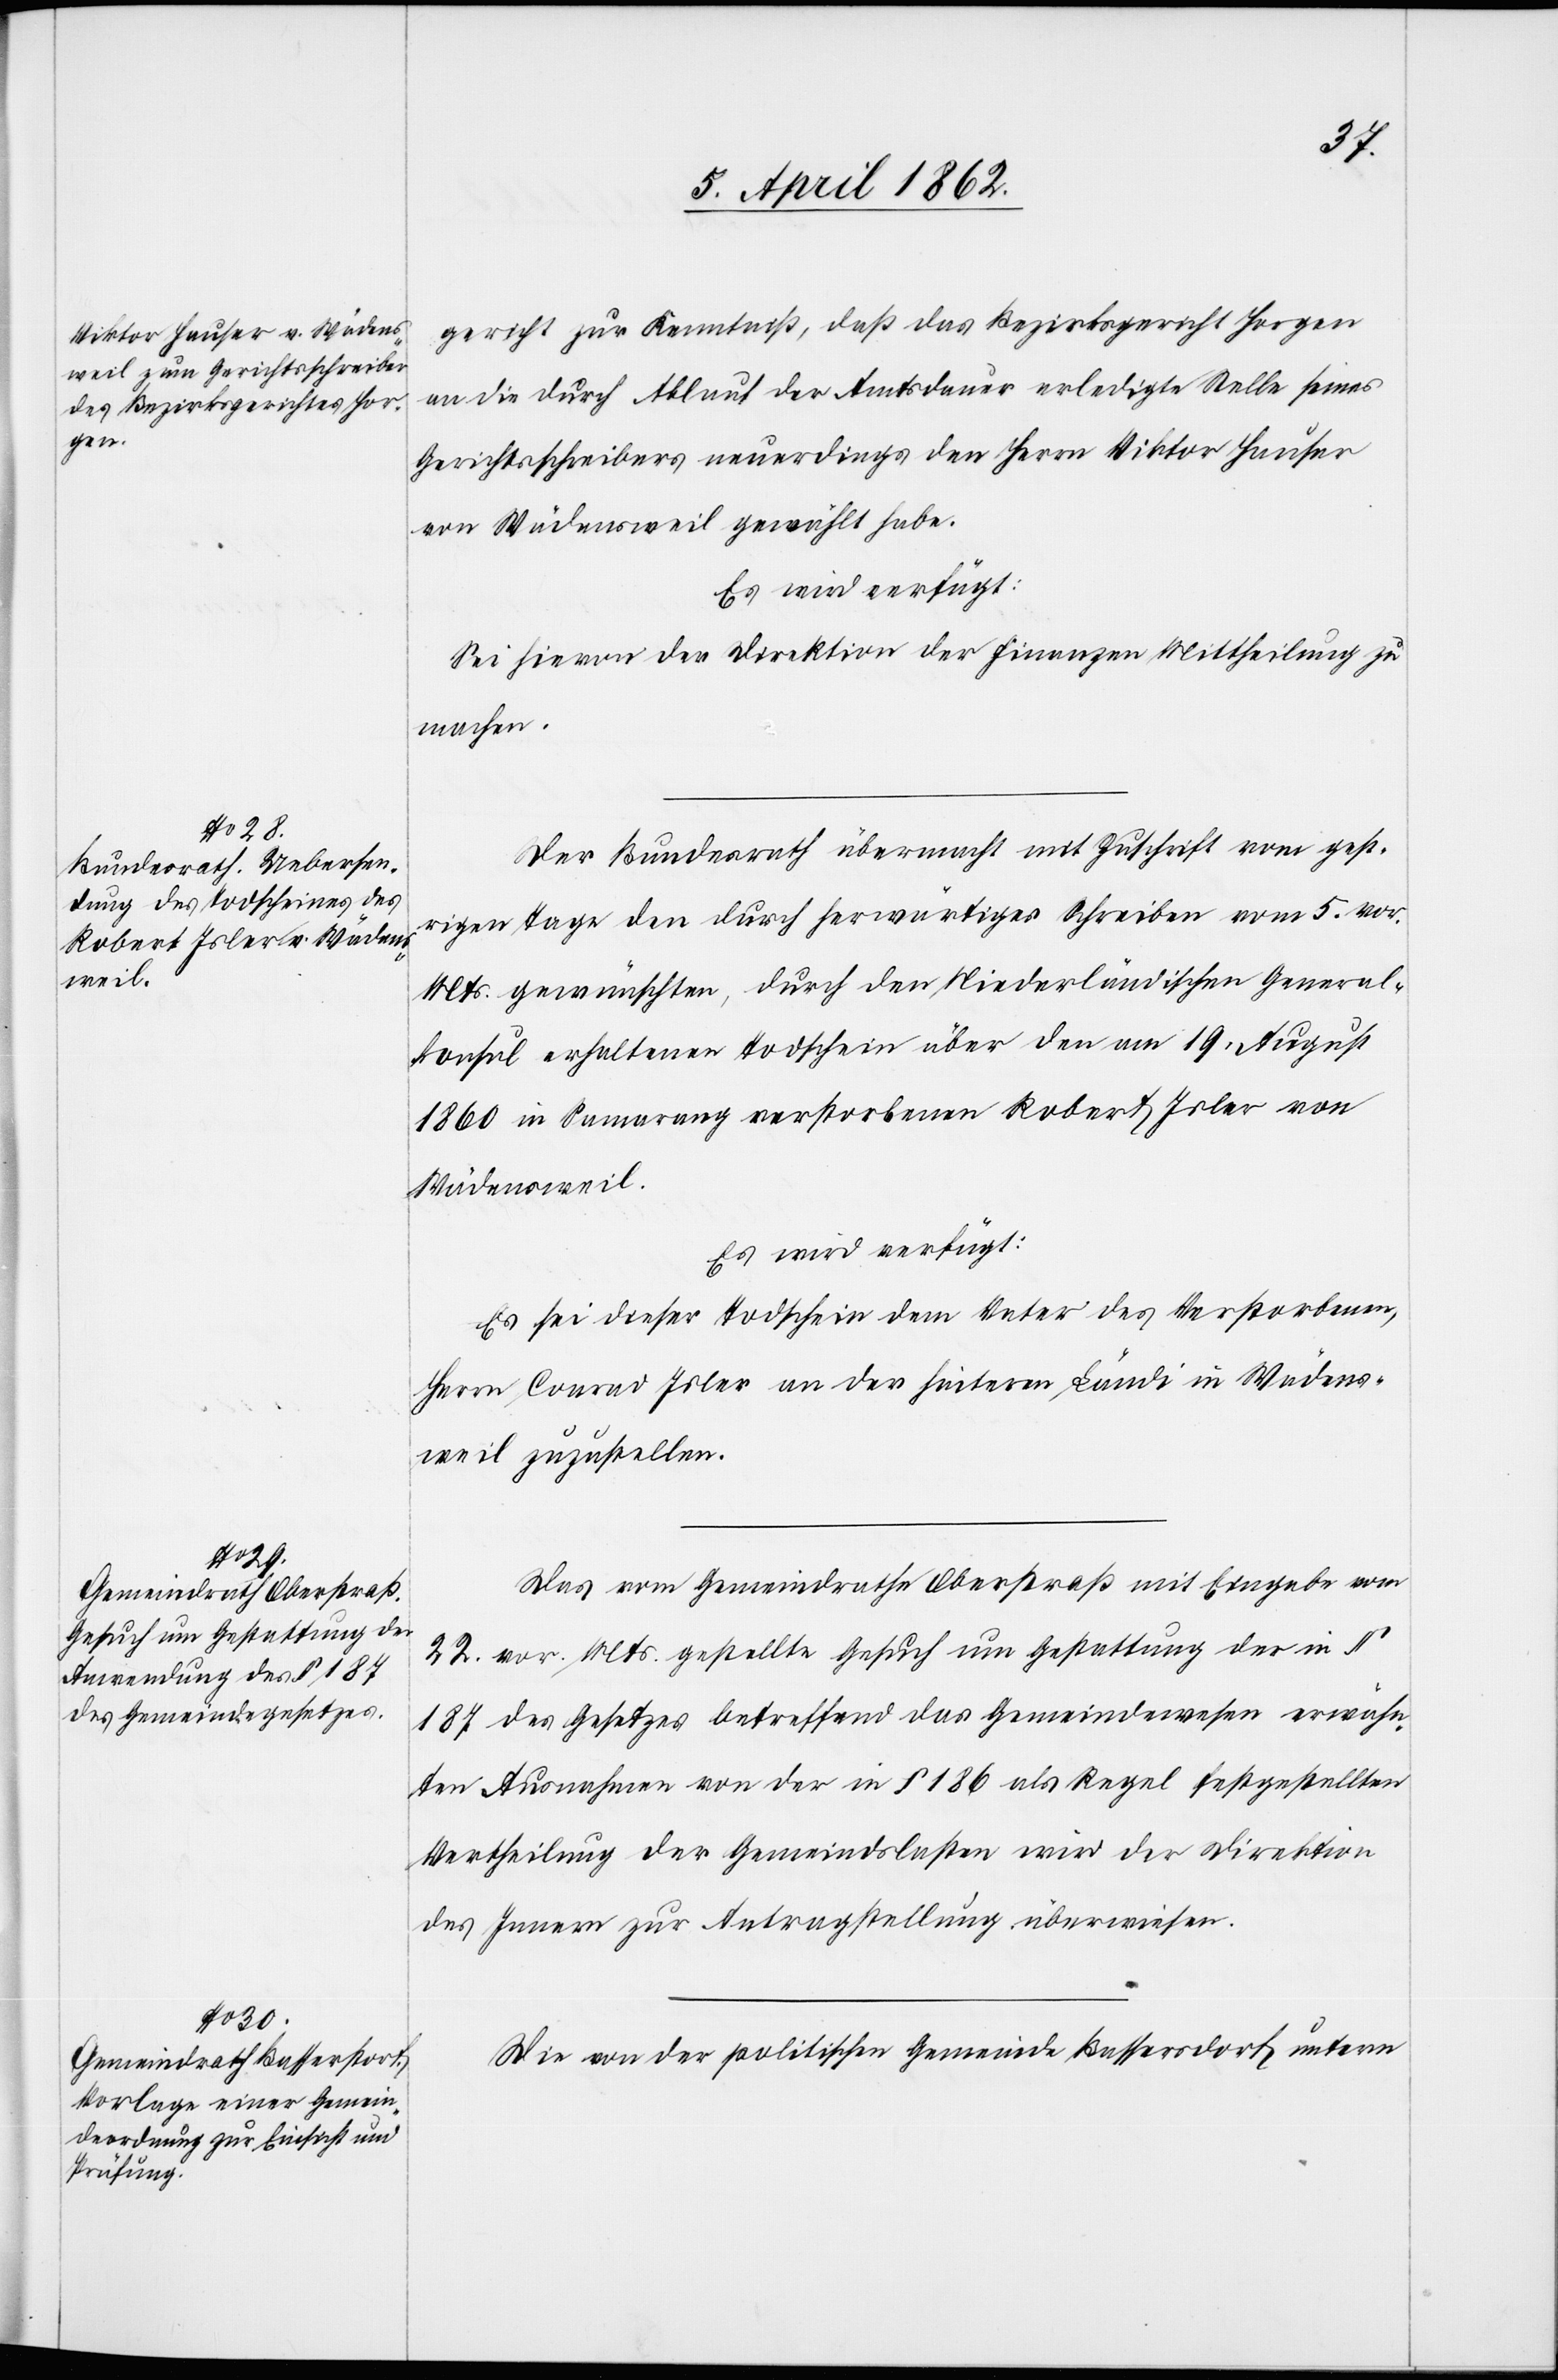
7. April 1862.]
gericht zur Kenntniß, daß das Bezirksgericht Horgen
an die durch Ablauf der Amtsdauer erledigte Stelle seines
Gerichtsschreibers neuerdings den Herrn Viktor Hauser
von Wädensweil gewählt habe.
Sei hievon der Direktion der Finanzen Mittheilung zu
machen.
Der Bundesrath übermacht mit Zuschrift vom gest¬
rigen Tage den durch herwärtiges Schreiben vom 5. vor.
Mts. gewünschten, durch den Niederländischen General¬
konsul erhaltenen Todschein über den am 19. August
1860 in Semarang verstorbenen Robert Isler von
Wädensweil.
Es wird verfügt:
Es sei dieser Todschein dem Vater des Verstorbenen,
Herrn Conrad Isler an der heiteren Ländi in Wädens¬
weil zuzustellen.
Das vom Gemeindrathe Oberstraß mit Eingabe vom
22. vor. Mts. gestellte Gesuch um Gestattung der in §
187 des Gesetzes betreffend das Gemeindewesen erwähn¬
ten Ausnahmen von der in § 186 als Regel festgestellten
Vertheilung der Gemeindslasten wird der Direktion
des Innern zur Antragstellung überwiesen.
Die von der politischen Gemeinde Bassersdorf [sic!] unterm